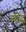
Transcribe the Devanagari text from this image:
छोटु